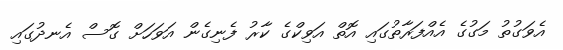
އެވަގުތު މަގުގެ އެއްފަރާތުގައި އޮތް އަވިކްގެ ކާރު ފެނިގެން އަވަހަށް ގޮސް އެނދުގައި